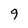
Character: 9